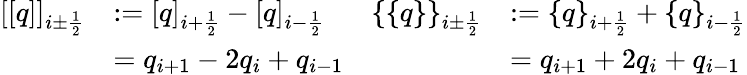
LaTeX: \begin{array}{rlrl}{[[q]]_{i\pm\frac 12}}&{:=[q]_{i+\frac 12}-[q]_{i-\frac 12}}&{\{ \{ q\} \} _{i\pm\frac 12}}&{:=\{ q\} _{i+\frac 12}+\{ q\} _{i-\frac 12}}\\ &{=q_{i+1}-2q_{i}+q_{i-1}}&&{=q_{i+1}+2q_{i}+q_{i-1}}\end{array}